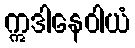
ဣဒါနေဝါယံ